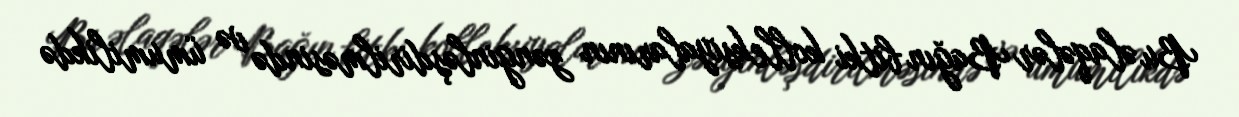
Bu əlaqələr Bağın bitki kolleksiyalarının zənginləşdirilməsində və ümumilikdə